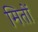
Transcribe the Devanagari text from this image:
मितों